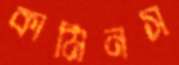
কামিনস